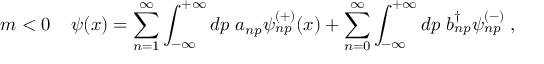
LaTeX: m < 0 \; \; \; \; \psi ( x ) = \sum _ { n = 1 } ^ { \infty } \int _ { - \infty } ^ { + \infty } d p \; a _ { n p } \psi _ { n p } ^ { ( + ) } ( x ) + \sum _ { n = 0 } ^ { \infty } \int _ { - \infty } ^ { + \infty } d p \; b _ { n p } ^ { \dag } \psi _ { n p } ^ { ( - ) } \; ,